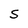
Character: S